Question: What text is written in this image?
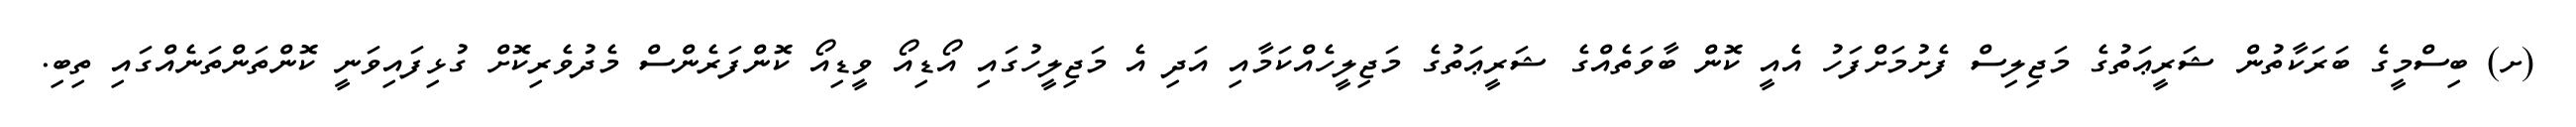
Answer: (ށ) ބިސްމީގެ ބަރަކާތުން ޝަރީޢަތުގެ މަޖިލިސް ފެށުމަށްފަހު އެއީ ކޮން ބާވަތެއްގެ ޝަރީޢަތުގެ މަޖިލީހެއްކަމާއި އަދި އެ މަޖިލީހުގައި އޯޑިއޯ ވީޑިއޯ ކޮންފަރެންސް މެދުވެރިކޮށް ގުޅިފައިވަނީ ކޮންތަންތަނެއްގައި ތިބި.